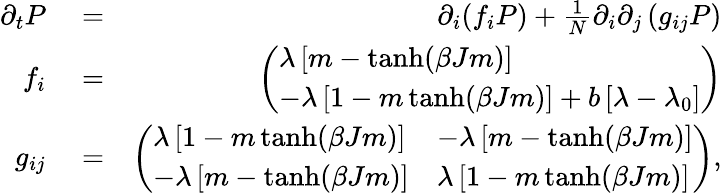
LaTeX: \begin{array}{rlr}{\partial_{t}P}&{{}=}&{\partial_{i}(f_{i}P)+\frac{1}{N}\partial_{i}\partial_{j}\left(g_{ij}P\right)}\\ {f_{i}}&{{}=}&{\left(\begin{array}{l}{\lambda\left[m-\operatorname{tanh}(\beta Jm)\right]}\\ {-\lambda\left[1-m\operatorname{tanh}(\beta Jm)\right]+b\left[\lambda-\lambda_{0}\right]}\end{array}\right)}\\ {g_{ij}}&{{}=}&{\left(\begin{array}{ll}{\lambda\left[1-m\operatorname{tanh}(\beta Jm)\right]}&{-\lambda\left[m-\operatorname{tanh}(\beta Jm)\right]}\\ {-\lambda\left[m-\operatorname{tanh}(\beta Jm)\right]}&{\lambda\left[1-m\operatorname{tanh}(\beta Jm)\right]}\end{array}\right),}\end{array}